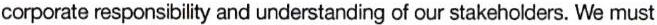
corporate responsibility and understanding of our stakeholders. We must